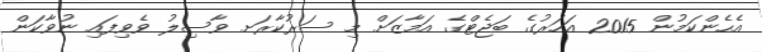
އެހެންކަމުން 2015 އަހަރުގެ ބަޖެޓްގެ އަމާޒަށް މި ސަރުކާރަށ ވާސިލު ވެވިފައި ނުވާކަން